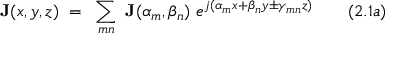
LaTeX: \mathbf { J } ( x , y , z ) ~ = ~ \sum _ { m n } ~ \mathbf { J } ( \alpha _ { m } , \beta _ { n } ) ~ e ^ { j ( \alpha _ { m } x + \beta _ { n } y \pm \gamma _ { m n } z ) } ~ ~ ~ ~ ~ ~ ( 2 . 1 a )